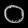
Digit: ၀